Report of the Hyderabad Chloroform Commission
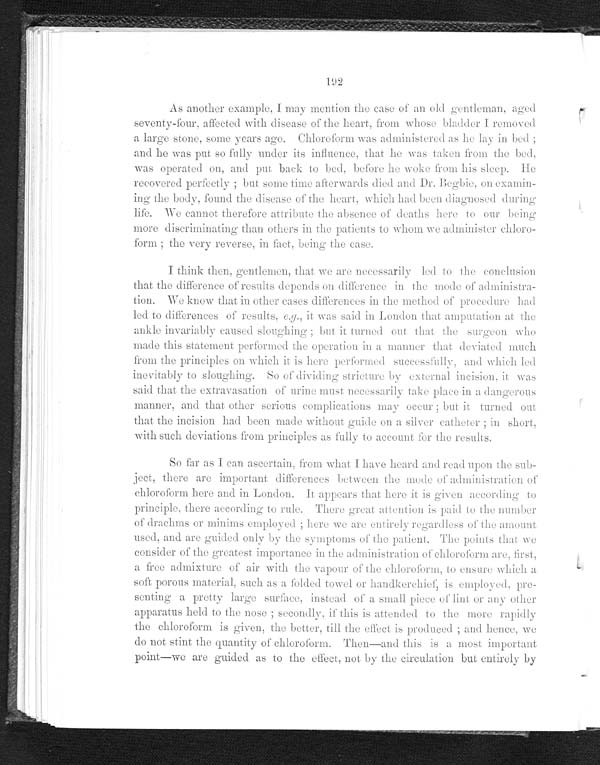
192
As another example, I may mention the case of an old gentleman, aged
seventy-four, affected with disease of the heart, from whose bladder I removed
a large stone, some years ago. Chloroform was administered as he lay in bed ;
and he was put so fully under its influence, that he was taken from the bed,
was operated on, and put back to bed, before he woke from his sleep. He
recovered perfectly ; but some time afterwards died and Dr. Begbie, on examin--
ing the body, found the disease of the heart, which had been diagnosed during
life. We cannot therefore attribute the absence of deaths here to our being
more discriminating than others in the patients to whom we administer chloro--
form ; the very reverse, in fact, being the case.
I think then, gentlemen, that we are necessarily led to the conclusion
that the difference of results depends on difference in the mode of administra--
tion. We know that in other cases differences in the method of procedure had
led to differences of results, e.g., it was said in London that amputation at the
ankle invariably caused sloughing ; but it turned out that the surgeon who
made this statement performed the operation in a manner that deviated much
from the principles on which it is here performed successfully, and which led
inevitably to sloughing
so of di vi di ng st ri ct ure by ext ernal i nci si on, i t was
said that the extravasation of urine must necessarily take place in a dangerous
manner, and that other serious complications may occur ; but it turned out
that the incision had been made without guide on a silver catheter ; in short,
with such deviations from principles as fully to account for the results.
So far as I can ascertain, from what I have heard and read upon the sub-
- j e c t , t h e r e a r e i m p o r t a n t d i f f e r e n c e s b e t w e e n t h e m o d e o f a d m i n i s t r a t i o n o f
chloroform here and in London. It appears that here it is given according to
principle, there according to rule. There great attention is paid to the number
of drachms or minims employed ; here we are entirely regardless of the amount
used, and are guided only by the symptoms of the patient. The points that we
consider of the greatest importance in the administration of chloroform are, first,
a free admixture of air with the vapour of the chloroform, to ensure which a
soft porous material, such as a folded towel or handkerchief, is employed. pre--
senting a pretty large surface, instead of a small piece of lint or any other
apparatus held to the nose ; secondly, if this is attended to the more rapidly
the chloroform is given, the better, till the effect is produced ; and hence, we
do not stint the quantity of chloroform. Then—and this is a most important
point—we are guided as to the effect, not by the circulation but entirely by